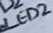
Text: LED2